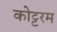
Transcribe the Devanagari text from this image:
कोट्टरम